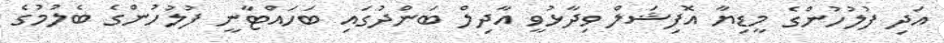
އަދި ފުލުހުންގެ މީޑިޔާ އޮފިޝަލް ވިދާޅުވީ އާދިލް ބަންދުގައި ބަހައްޓާނީ ފުލުހުންގެ ބެލުމުގެ